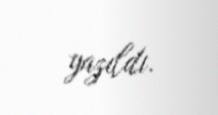
yazıldı.